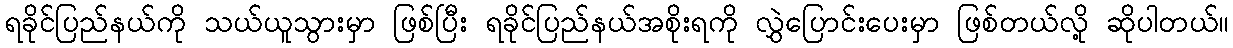
ရခိုင်ပြည်နယ်ကို သယ်ယူသွားမှာ ဖြစ်ပြီး ရခိုင်ပြည်နယ်အစိုးရကို လွှဲပြောင်းပေးမှာ ဖြစ်တယ်လို့ ဆိုပါတယ်။